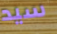
سيد